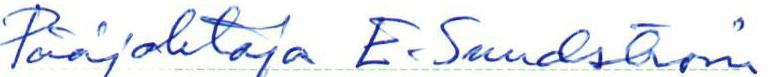
Pääjohtaja E. Sundström